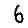
Digit: 6